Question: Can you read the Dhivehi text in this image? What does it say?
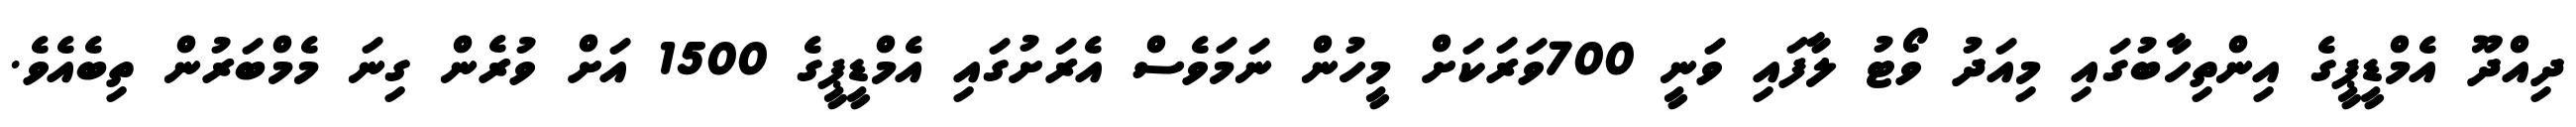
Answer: ދިއްދޫ އެމްޑީޕީގެ އިންތިހާބުގައި މިއަދު ވޯޓު ލާފައި ވަނީ 700ވަރަކަށް މީހުން ނަމަވެސް އެރަށުގައި އެމްޑީޕީގެ 1500 އަށް ވުރެން ގިނަ މެމްބަރުން ތިބެއެވެ.